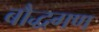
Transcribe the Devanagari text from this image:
बौद्धगण